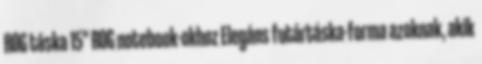
ROG táska 15" ROG notebook-okhoz Elegáns futártáska-forma azoknak, akik